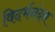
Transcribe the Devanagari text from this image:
विदर्भनंदन